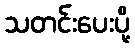
သတင်းပေးပို့